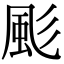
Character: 颩